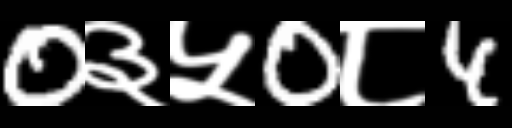
Text: 0३५0८4